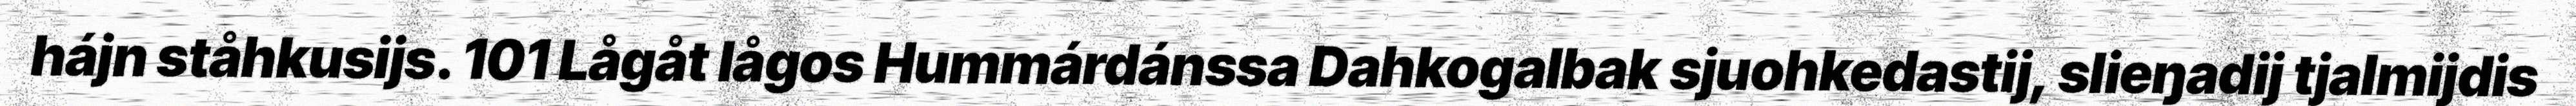
hájn ståhkusijs. 101 Lågåt lågos Hummárdánssa Dahkogalbak sjuohkedastij, slieŋadij tjalmijdis